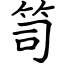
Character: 笥